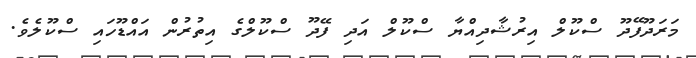
މަރަދޫފޭދޫ ސްކޫލް އިރުޝާދިއްޔާ ސްކޫލް އަދި ފޭދޫ ސްކޫލްގެ އިތުރުން އައްޑޫހައި ސްކޫލެވެ.